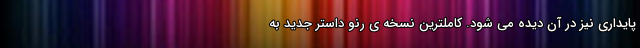
پایداری نیز در آن دیده می شود. کاملترین نسخه ی رنو داستر جدید به